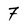
Character: 7